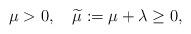
LaTeX: \begin{align*}\mu>0,\ \ \ \widetilde{\mu}:=\mu+\lambda\geq 0,\end{align*}